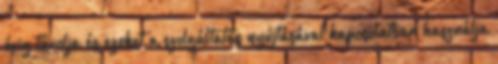
évig tárolja és ezeket a szolgáltatás nyújtásával kapcsolatban használja